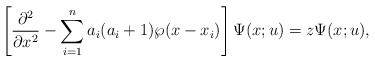
\begin{align*}\left[{\partial^2\over \partial x^2 } - \sum_{i=1}^n a_i(a_i+1)\wp(x-x_i)\right]\Psi(x;u)= z\Psi(x;u), \end{align*}